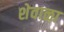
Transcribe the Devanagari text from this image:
शेवाळा